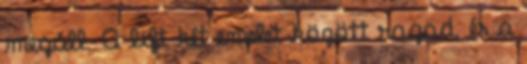
megáll. A lift két emelet között ragad, és a